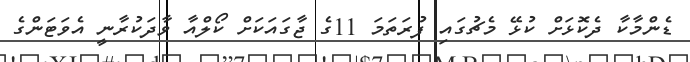
ޑެންމާކާ ދެކޮޅަށް ކުޅޭ މެޗުގައި ފުރަތަމަ 11ގެ ޖާގައަކަށް ކޯލްއާ ވާދަކުރާނީ އެވަޓަންގެ